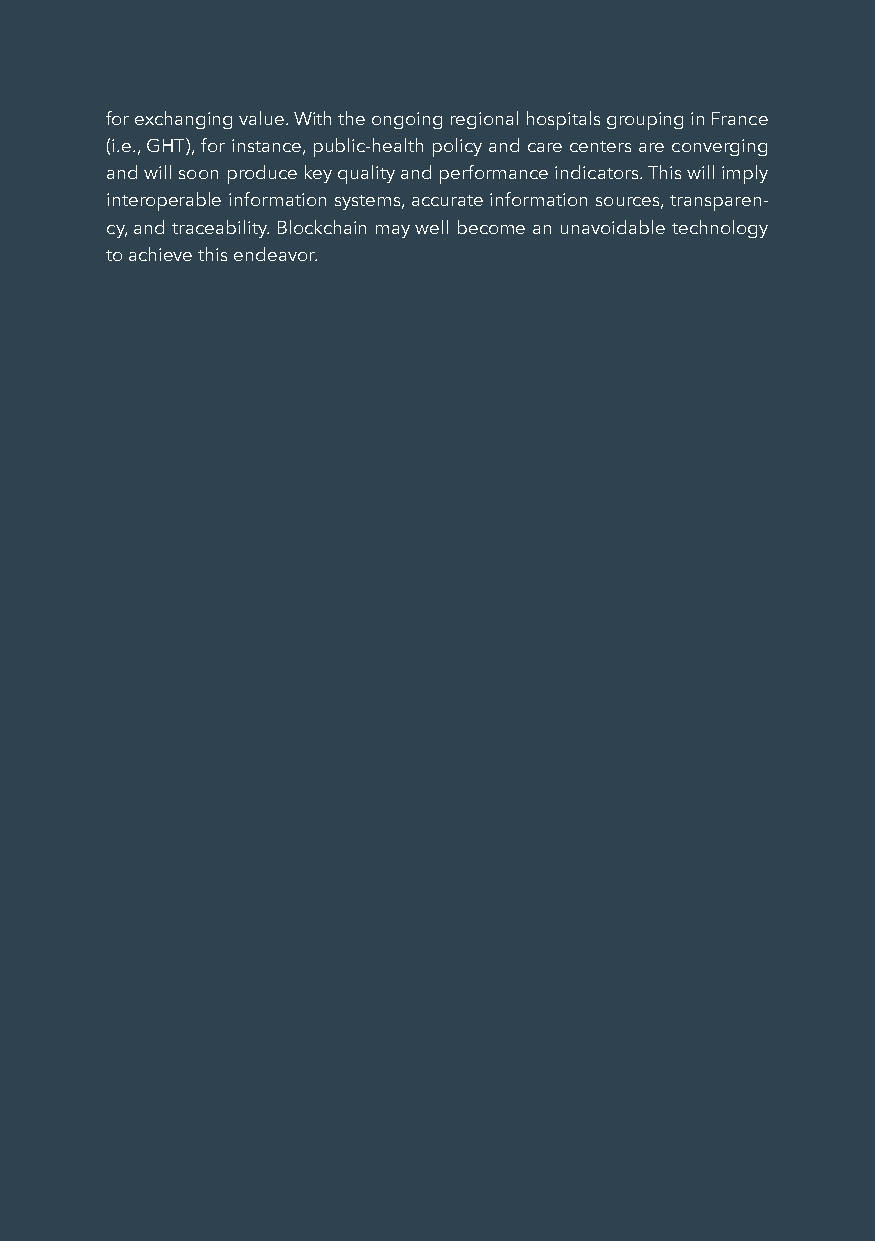
for exchanging value. With the ongoing regional hospitals grouping in France
 (i.e., GHT), for instance, public-health policy and care centers are converging
 and will soon produce key quality and performance indicators. This will imply
 interoperable information systems, accurate information sources, transparen-
 cy, and traceability. Blockchain may well become an unavoidable technology
 to achieve this endeavor.
 37